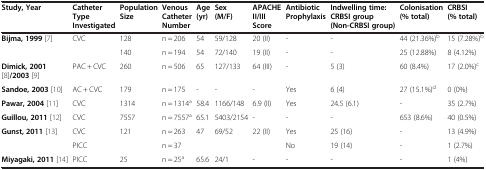
| Study, Year | Catheter Type Investigated | Population Size | Venous Catheter Number | Age (yr) | Sex (M/F) | APACHE II/III Score | Antibiotic Prophylaxis | Indwelling time: CRBSI group (Non-CRBSI group) | Colonisation (% total) | CRBSI (% total) |
 | --- | --- | --- | --- | --- | --- | --- | --- | --- | --- | --- |
 | Bijma, 1999[7] | CVC | 128 | n = 206 | 54 | 59/128 | 20 (II) | - | - | 44 (21.36%)b | 15 (7.28%)b |
 |  |  | 140 | n = 194 | 54 | 72/140 | 19 (II) | - | - | 25 (12.88%) | 8 (4.12%) |
 | Dimick, 2001 [8]/2003[9] | PAC + CVC | 260 | n = 506 | 65 | 127/133 | 64 (III) | - | 5 (3) | 60 (8.4%) | 17 (2.0%)c |
 | Sandoe, 2003[10] | AC + CVC | 179 | n = 175 | - | - | - | Yes | 6 (4) | 27 (15.1%)d | 0 (0%) |
 | Pawar, 2004[11] | CVC | 1314 | n = 1314a | 58.4 | 1166/148 | 6.9 (II) | Yes | 24.5 (6.1) | - | 35 (2.7%) |
 | Guillou, 2011[12] | CVC | 7557 | n = 7557a | 65.1 | 5403/2154 | - | - | - | 653 (8.6%) | 40 (0.5%) |
 | Gunst, 2011[13] | CVC | 121 | n = 263 | 47 | 69/52 | 22 (II) | Yes | 25 (16) | - | 13 (4.9%) |
 |  | PICC |  | n = 37 |  |  |  | No | 19 (14) | - | 1 (2.7%) |
 | Miyagaki, 2011[14] | PICC | 25 | n = 25a | 65.6 | 24/1 | - | - | - | - | 1 (4%) |